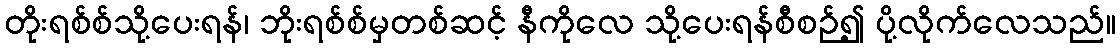
တိုးရစ်စ်သို့ပေးရန်၊ ဘိုးရစ်စ်မှတစ်ဆင့် နီကိုလေ သို့ပေးရန်စီစဉ်၍ ပို့လိုက်လေသည်။